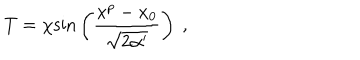
LaTeX: T = \chi \mathrm { s i n } \left( { \frac { x ^ { p } - x _ { 0 } } { \sqrt { 2 \alpha ^ { \prime } } } } \right) \ ,